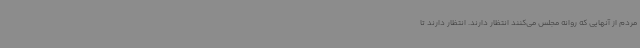
مردم از آنهایی که روانه مجلس می‌کنند انتظار دارند. انتظار دارند تا